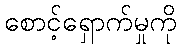
စောင့်ရှောက်မှုကို